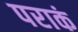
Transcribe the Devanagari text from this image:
पराकं